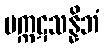
မက္ကဋသန္နိဘံ